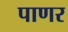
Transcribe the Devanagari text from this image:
पाणर